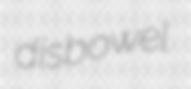
disbowel